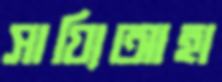
সায়্যিআহা